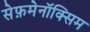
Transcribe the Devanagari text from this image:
सेफ़मेनॉक्सिम